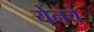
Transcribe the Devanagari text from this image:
येनचे